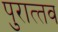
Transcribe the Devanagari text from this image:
पुरात्‍तव